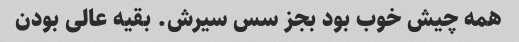
همه چیش خوب بود بجز سس سیرش. بقیه عالی بودن